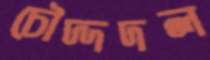
চৌদ্দদল